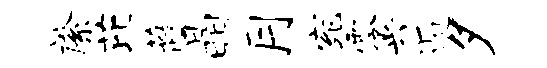
綮芘蔽晶月宛零兴逅夕